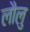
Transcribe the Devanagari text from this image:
लौलु